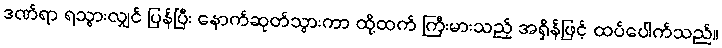
ဒဏ်ရာ ရသွားလျှင် ပြန်ပြီး နောက်ဆုတ်သွားကာ ထို့ထက် ကြီးမားသည့် အရှိန်ဖြင့် ထပ်ပေါက်သည်။